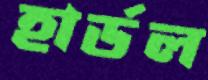
হার্ডল